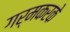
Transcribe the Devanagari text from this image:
गर्मकरके